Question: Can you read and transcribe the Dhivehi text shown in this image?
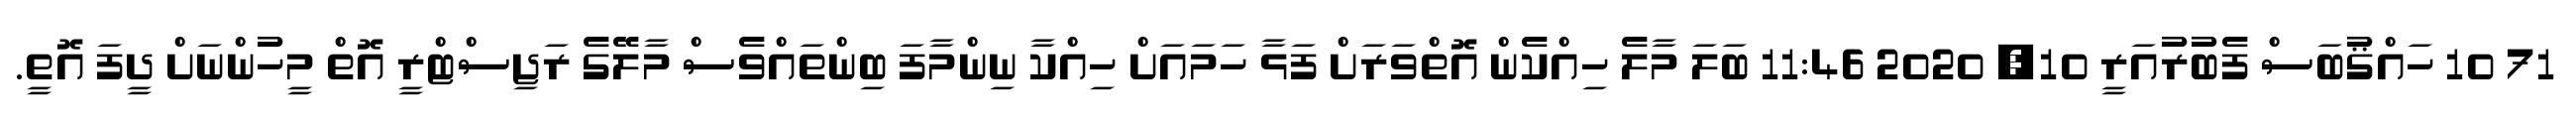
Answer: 71 10 ހައްޤުބަސް ފެބުރުއަރީ 10, 2020 11:46 ބަލަ މާލެ ހިއްކެން އޮތްވަރަށް ފަޅާ ހަމައަށް ހިއްކާ ނިންމާފަ ބިންތައްވެސް މާލޭގެ ރަޖިސްޓްރީ އޮތް މީހުންނަށް ދީފަ އޮތީ.